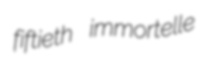
fiftieth immortelle